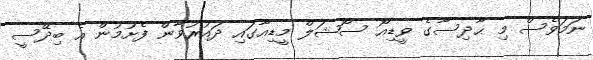
ނަމަވެސް މި ޙާދިސާގެ ވީޑިއޯ ސޯޝަލް މީޑިއާގައި ދައުރުވާން ފެށުމުން އެ ބިދޭސީ